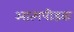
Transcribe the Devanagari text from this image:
आत्मपीडक